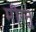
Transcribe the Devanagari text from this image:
मीरनु